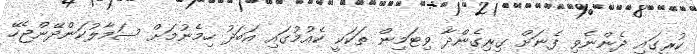
ކުރީގައި ދެންނެވި ފެނަށް ގިރިގެންދާ ވިޓަމިން ތަކަކީ ކެއުމުގައި އަބަދު ހިމެނުމަށް ސަމާލުކަންދޭންޖެހޭ